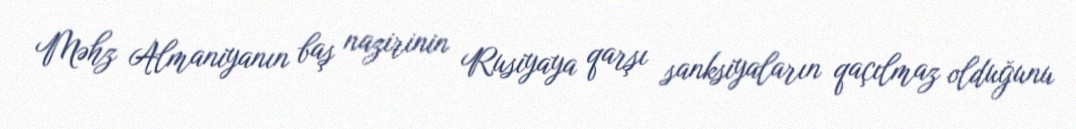
Məhz Almaniyanın baş nazirinin Rusiyaya qarşı sanksiyaların qaçılmaz olduğunu